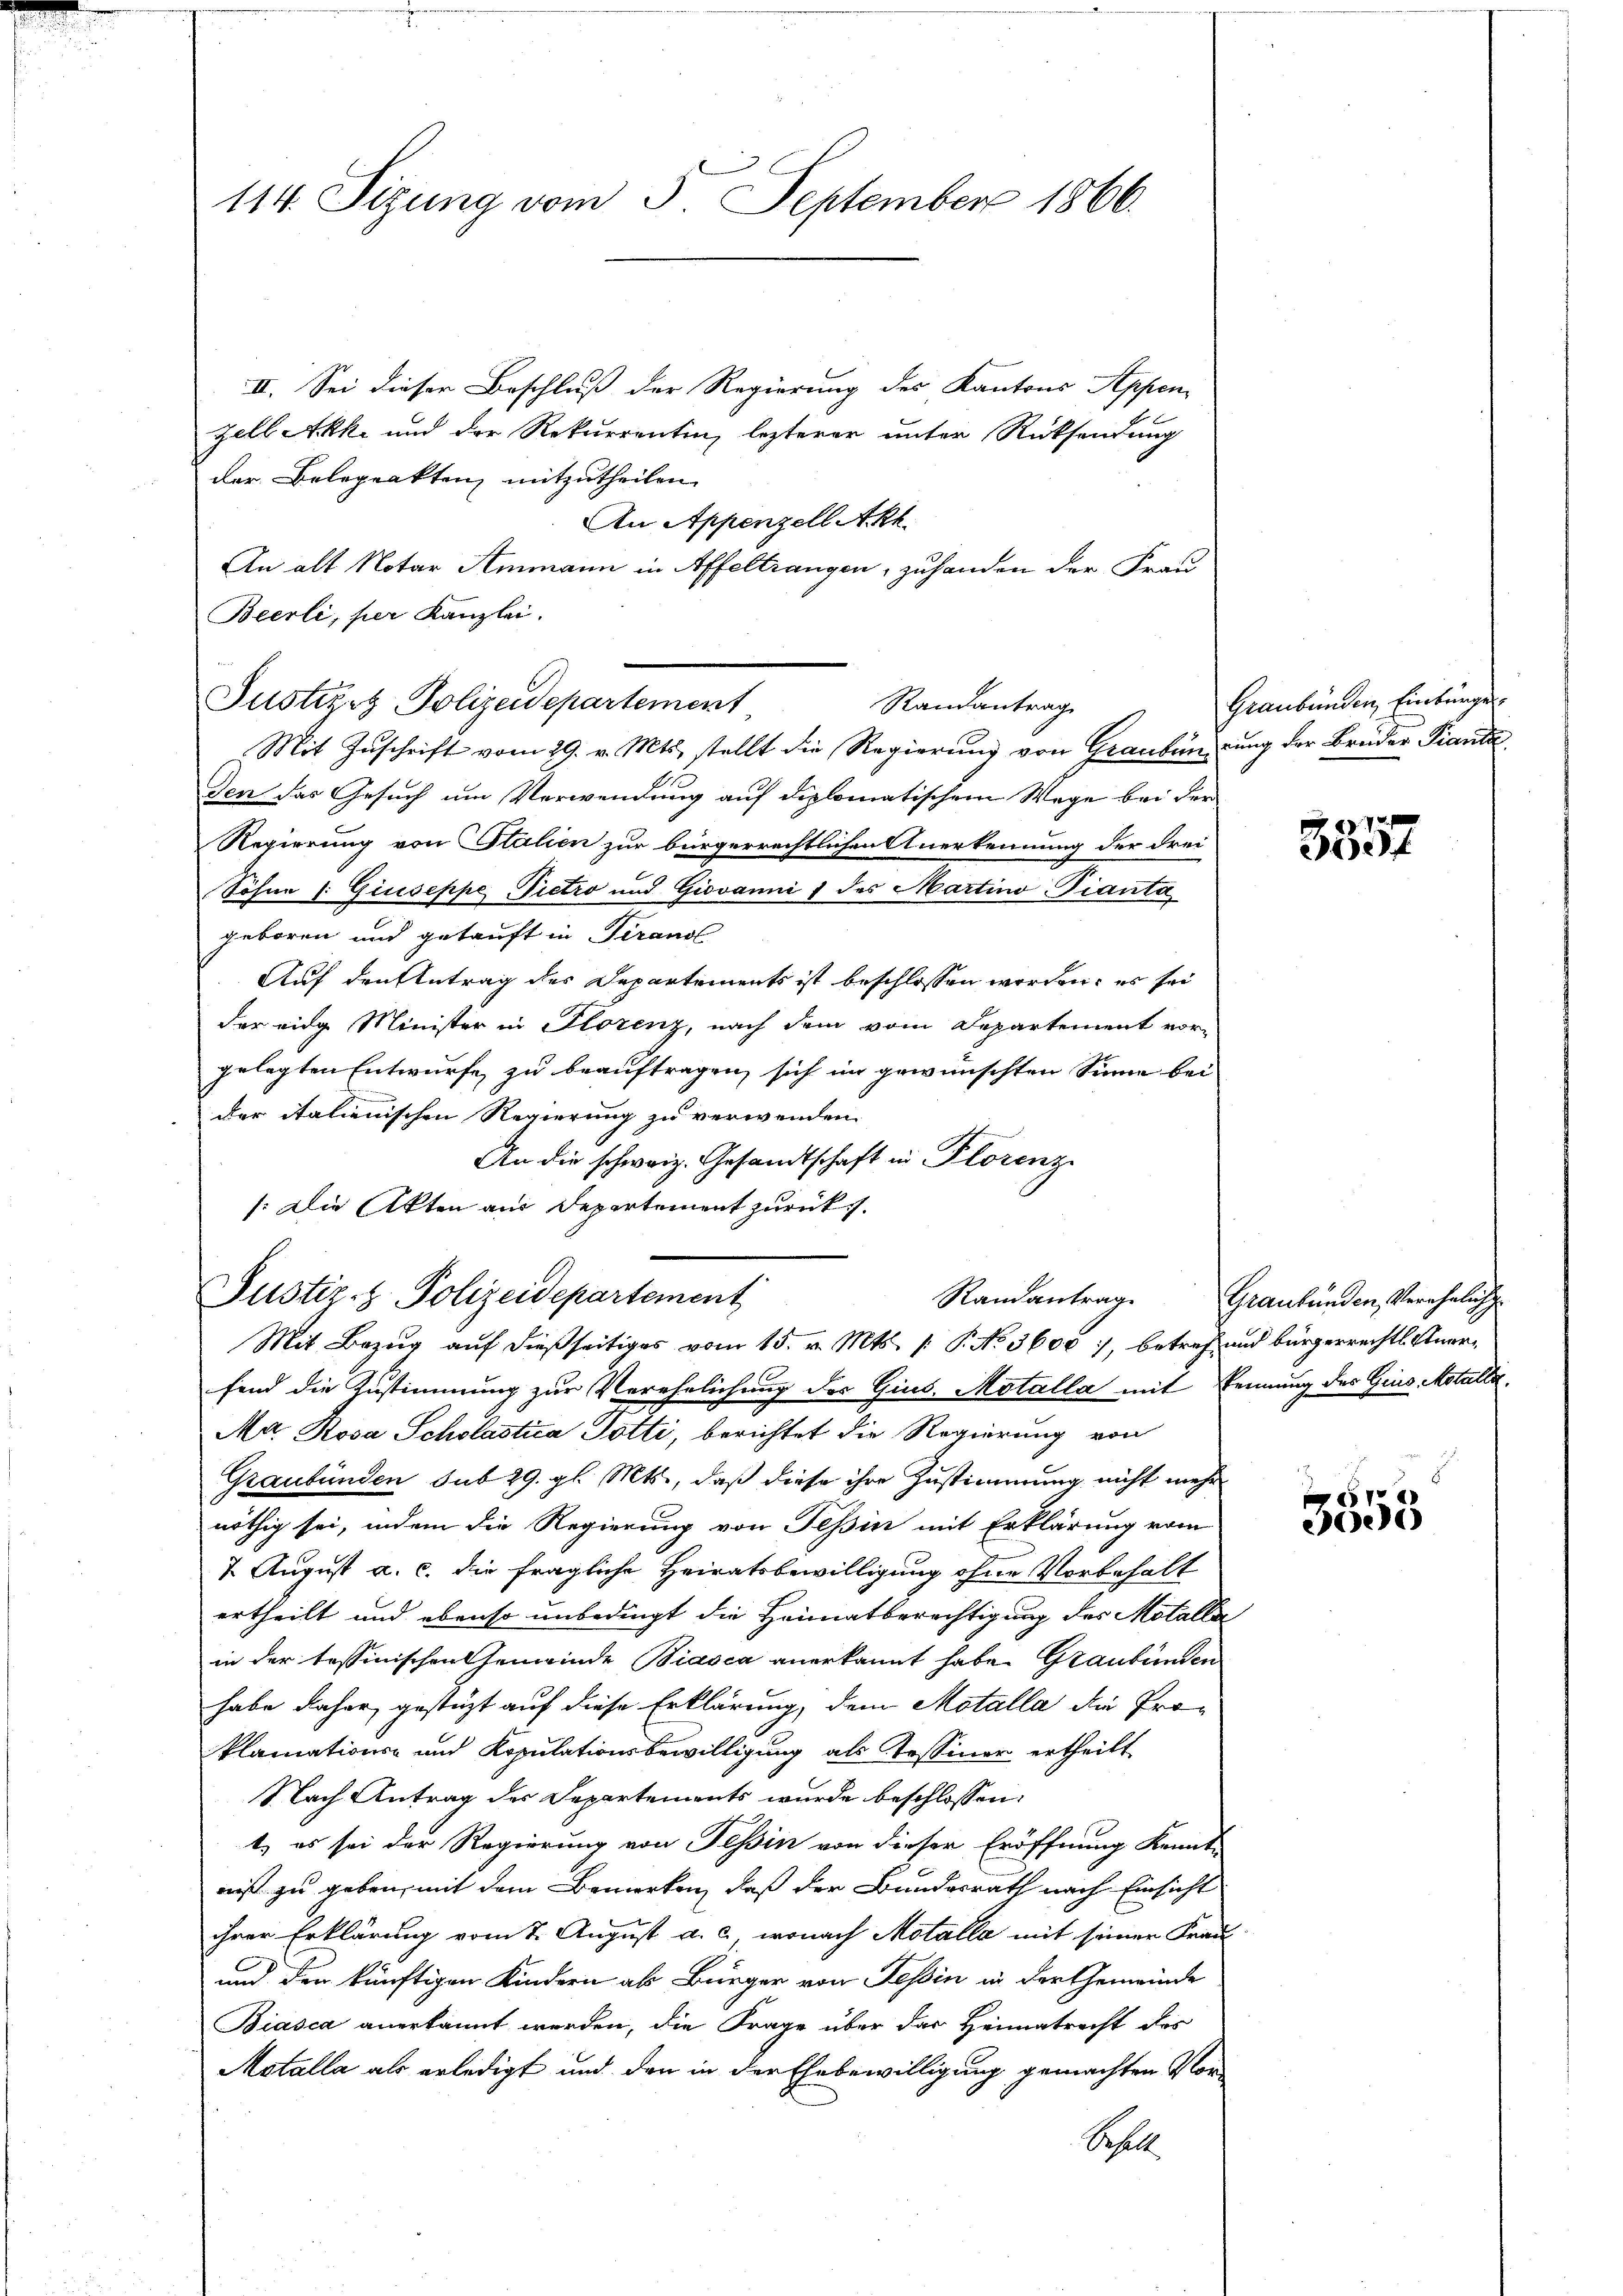
114. Sizung vom 5. September 1866.

II. Sei dieser Beschluß der Regierung des Kantons Appen
zell Akke und der Rekurrenten, lezterer unter Rücksendung
der Belaprakten mitzutheilen.
An Appenzell Akt
An alt Notar Ammann in Affeltrangen, zuhanden der Frau
Bierli, per Kanzlei.
Mit Zŭschrift vom 29. v. Mts. stellt die Regierŭng von Graubündŭng der Brüder Pianta
Den das Gesuch um Verwendung auf diplomatischem Wege bei der
Regierung von Italien zur bürgerrechtlichen Anerkennung der drei
Söhne 1: Giuseppe Pietro und Giovanni / des Martino-Tianta
geboren und getauft in Tirandl
Auf den Antrag des Departements ist beschlossen worden, es sei
der eidg Minister in Florenz, nach dem vom Departement vor-
gelegten Entwurfe zu beauftragen, sich im gewünschten Sinne bei
der italienischen Regierung zu verwenden.
An die schweiz. Gesandtschaft in Florenz
/:Die Akten aus Departement zurück.
Justiz- & Polizeidepartement
Randantrag
Mit Bezug auf dießseitiges vom 15. v. Mts. /: P. No 3600, betref und bürgerrechtl. Anerfend die Zustimmung zur Verehelichung der Gius. Motalla mit kennung des Gius Motalla
Ma. Rosa Scholastica Potti, berichtet die Regierung von
Graubünden sub 29. gl. Mts., daß diese ihre Zustimmung nicht mehr
nöthig sei, indem die Regierung von Tessin mit Erklärung vom
2 August a. c. die fragliche Heiratsbewilligung ohne Vorbehalt
ertheilt und ebenso unbedingt die Heimatberechtigung des Motalla
in der Tessinischen Hemwinde Biasca anerkannt habe. Graubünden
habe daher gestüzt auf diese Erklärung, dem Motalla die Proklamations- und Kopulationsbewilligung als Tessiner ertheilt
Nach Antrag der Departements wurde beschlossen:
t.) es sei der Regierung von Tessin von dieser Eröffnung Kennt-
nist zu geben, mit dem Bemerken, daß der Bundesrath nach Einsicht
ihrer Erklärung vom 2. August a. c., wonach Motalla mit seiner Frau
und den künftigen Kindern als Bürger von Tessin in der Gemeinde
Biasca anerkannt werden, die Frage über das Heimatrecht des
Motalla als erledigt und den in der Ehebewilligung gemachten Vor¬
Schill

Justizrt Polizeidepartement

Randantrag

Graubünden Einbürge

3857

Graubünden, Verehelich

7
e